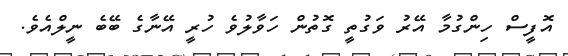
އޮފީސް ހިންގުމާ އޭރު ވަގުތީ ގޮތުން ހަވާލުވެ ހުރީ އޭނާގެ ބޭބެ ނީލްއެވެ.